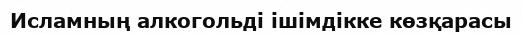
Исламның алкогольді ішімдікке көзқарасы